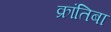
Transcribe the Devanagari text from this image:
क्रांतिबा